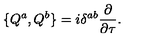
\{ Q ^ { a } , Q ^ { b } \} = i \delta ^ { a b } \frac { \partial } { \partial \tau } .